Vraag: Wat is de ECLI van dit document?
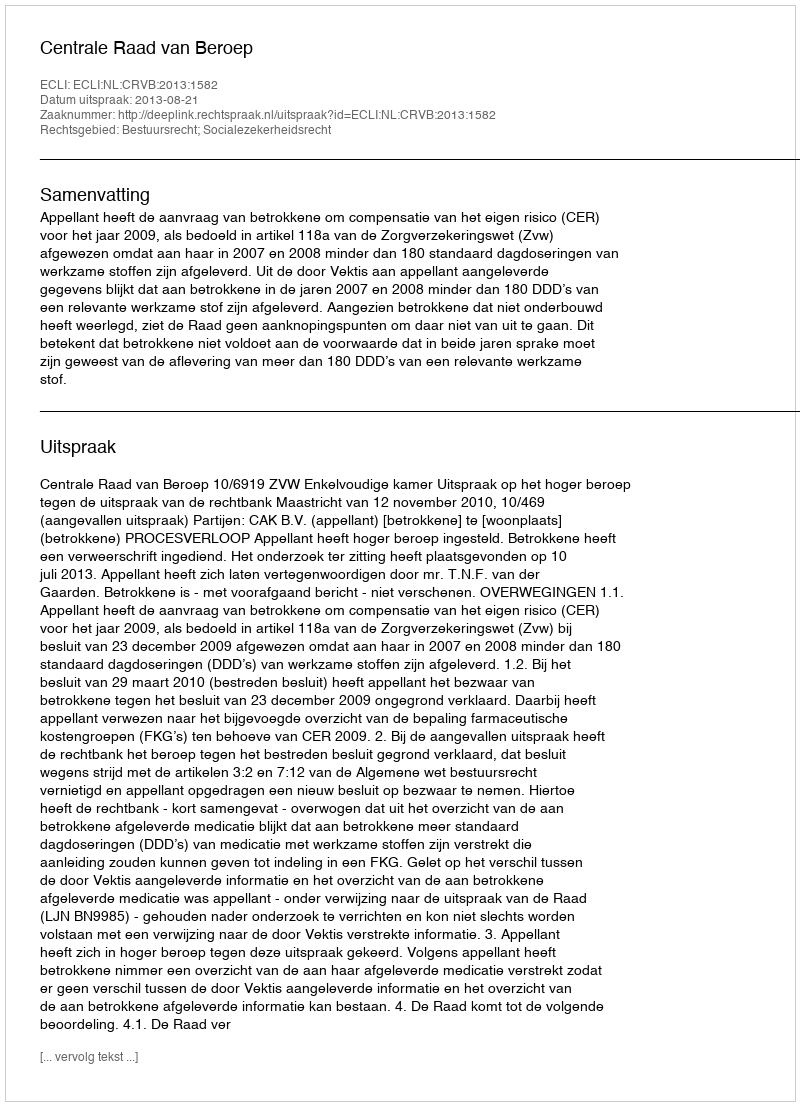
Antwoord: ECLI:NL:CRVB:2013:1582